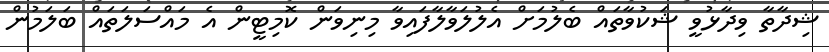
ޝިދާތާ ވިދާޅުވީ ޝަކުވާތައް ބެލުމަށް އެލުލަވާލާފައިވާ މިނިވަން ކޮމިޓީން އެ މައްސަލަތައް ބަލަމުން